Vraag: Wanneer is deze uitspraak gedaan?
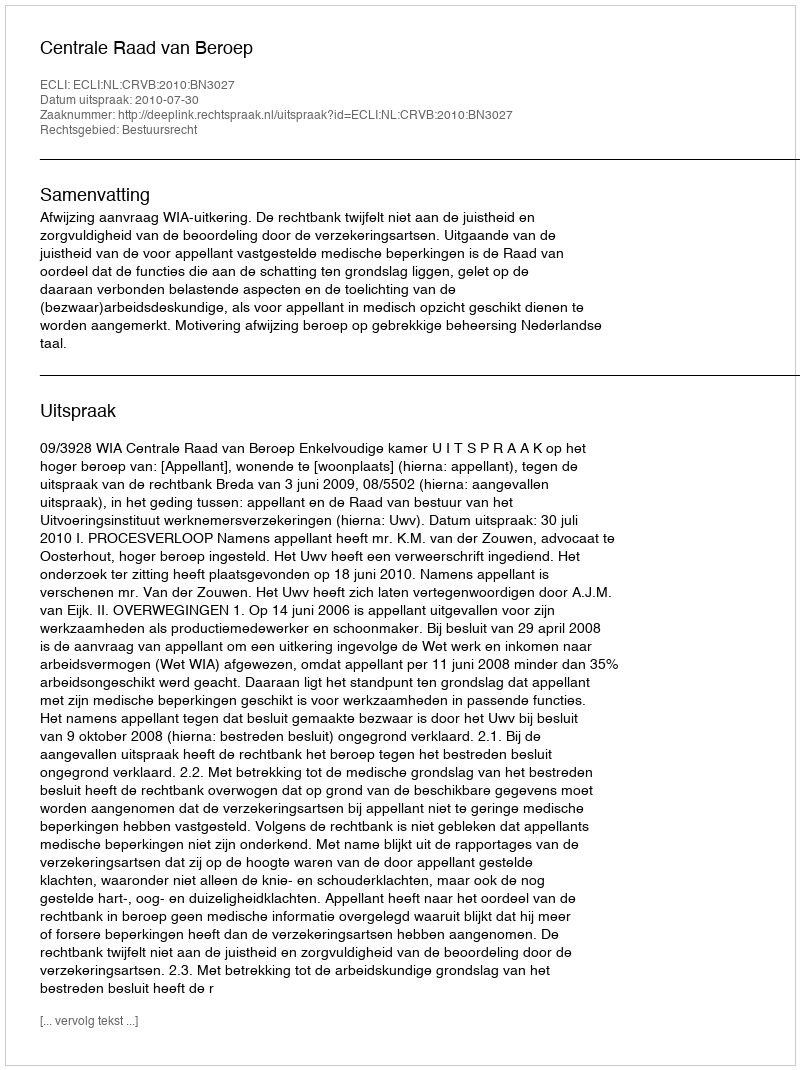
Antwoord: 2010-07-30